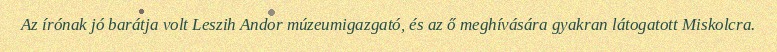
Az írónak jó barátja volt Leszih Andor múzeumigazgató, és az ő meghívására gyakran látogatott Miskolcra.